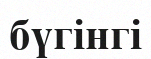
бүгінгі